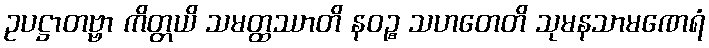
ဥပဋ္ဌာတဗ္ဗာ ကိတ္တယိ သမတ္ထဿာတိ နဝဉ္စ သဟတေတိ သုမနသာမဏေရံ